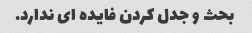
بحث و جدل کردن فایده ای ندارد.